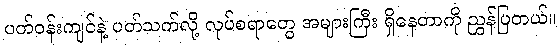
ပတ်ဝန်းကျင်နဲ့ ပတ်သက်လို့ လုပ်စရာတွေ အများကြီး ရှိနေတာကို ညွှန်ပြတယ်။